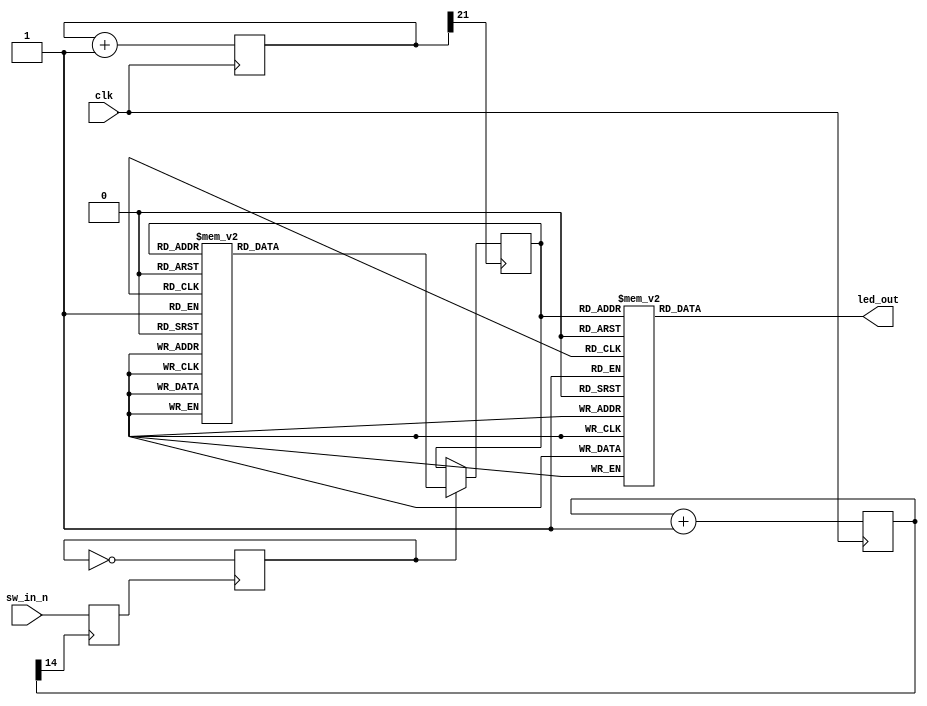
`default_nettype none

`define DIV_BITS 15 // clk:33MHz div:32768 -> 1007Hz

module practice6(
	input wire clk,
	input wire sw_in_n,
	output wire [7:0] led_out
);

	reg sw_dff;
	reg sw_in_node_n;
	reg [`DIV_BITS-1:0] div_counter;
	wire div_clk;

	reg [21:0] clk_counter;
	wire clk_clk;

	reg [3:0] count_curr;


	always @(posedge clk) begin
		div_counter <= div_counter + `DIV_BITS'b1;
		clk_counter <= clk_counter + 22'b1;
	end


	// switch
	assign div_clk = div_counter[`DIV_BITS-1];

	always @(posedge div_clk) begin
		sw_in_node_n <= sw_in_n;
	end

	always @(negedge sw_in_node_n) begin
		sw_dff <= !sw_dff;
	end

	// start/stop roulette
	assign clk_clk = clk_counter[21];

	function [3:0] advance_count(input [3:0] curr);
	begin
		case (curr)
			4'b1001: advance_count = 4'b0000;
			4'b0000: advance_count = 4'b0001;
			4'b0001: advance_count = 4'b0010;
			4'b0010: advance_count = 4'b0011;
			4'b0011: advance_count = 4'b0100;
			4'b0100: advance_count = 4'b0101;
			4'b0101: advance_count = 4'b0110;
			4'b0110: advance_count = 4'b0111;
			4'b0111: advance_count = 4'b1000;
			4'b1000: advance_count = 4'b1001;
			default: advance_count = 4'b0000;
		endcase
	end
	endfunction

	always @(posedge clk_clk) begin
		if (sw_dff) begin
			count_curr <= advance_count(count_curr);
		end
	end

	// led
	function [7:0] hex7segdec(input [3:0] hex);
	begin
		case (hex)
			4'b0000: hex7segdec = 8'b00000011;
			4'b0001: hex7segdec = 8'b10011111;
			4'b0010: hex7segdec = 8'b00100101;
			4'b0011: hex7segdec = 8'b00001101;
			4'b0100: hex7segdec = 8'b10011001;
			4'b0101: hex7segdec = 8'b01001001;
			4'b0110: hex7segdec = 8'b01000001;
			4'b0111: hex7segdec = 8'b00011111;
			4'b1000: hex7segdec = 8'b00000001;
			4'b1001: hex7segdec = 8'b00001001;
			4'b1010: hex7segdec = 8'b00010001;
			4'b1011: hex7segdec = 8'b11000001;
			4'b1100: hex7segdec = 8'b11100101;
			4'b1101: hex7segdec = 8'b10000101;
			4'b1110: hex7segdec = 8'b01100001;
			4'b1111: hex7segdec = 8'b01110001;
			default: hex7segdec = 8'b10010001; // X
		endcase
	end
	endfunction

	assign led_out = hex7segdec(count_curr);

endmodule